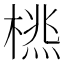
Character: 𣗮